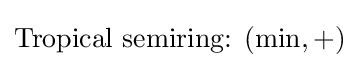
{\text{Tropical semiring: }}(\min ,+)